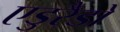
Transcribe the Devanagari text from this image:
एडुरैडो